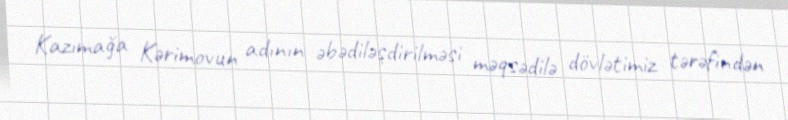
Kazımağa Kərimovun adının əbədiləşdirilməsi məqsədilə dövlətimiz tərəfindən